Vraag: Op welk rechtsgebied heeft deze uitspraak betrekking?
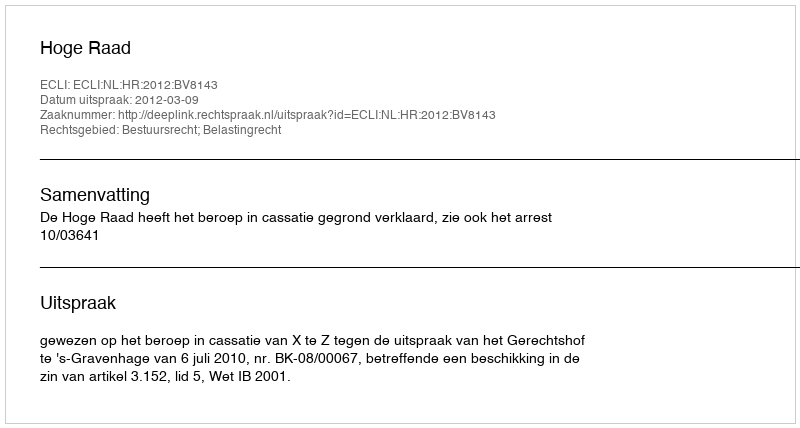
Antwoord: Bestuursrecht; Belastingrecht